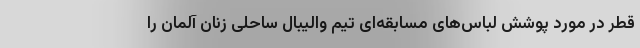
قطر در مورد پوشش لباس‌های مسابقه‌ای تیم والیبال ساحلی زنان آلمان را